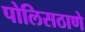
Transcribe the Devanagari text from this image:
पोलिसठाणे